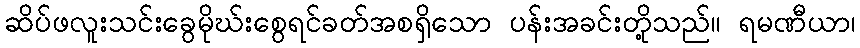
ဆိပ်ဖလူးသင်းခွေမိုဃ်းစွေရင်ခတ်အစရှိသော ပန်းအခင်းတို့သည်။ ရမဏီယာ၊